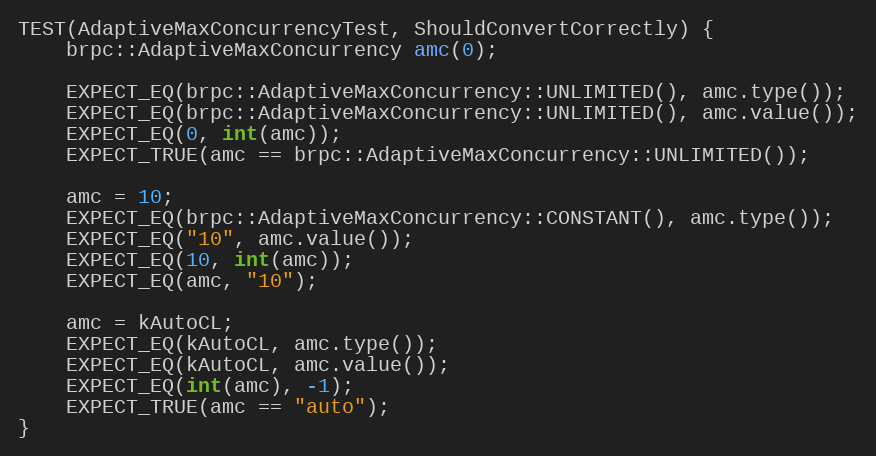
Language: C++
TEST(AdaptiveMaxConcurrencyTest, ShouldConvertCorrectly) {
    brpc::AdaptiveMaxConcurrency amc(0);

    EXPECT_EQ(brpc::AdaptiveMaxConcurrency::UNLIMITED(), amc.type());
    EXPECT_EQ(brpc::AdaptiveMaxConcurrency::UNLIMITED(), amc.value());
    EXPECT_EQ(0, int(amc));
    EXPECT_TRUE(amc == brpc::AdaptiveMaxConcurrency::UNLIMITED());

    amc = 10;
    EXPECT_EQ(brpc::AdaptiveMaxConcurrency::CONSTANT(), amc.type());
    EXPECT_EQ("10", amc.value());
    EXPECT_EQ(10, int(amc));
    EXPECT_EQ(amc, "10");

    amc = kAutoCL;
    EXPECT_EQ(kAutoCL, amc.type());
    EXPECT_EQ(kAutoCL, amc.value());
    EXPECT_EQ(int(amc), -1);
    EXPECT_TRUE(amc == "auto");
}